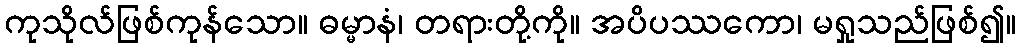
ကုသိုလ်ဖြစ်ကုန်သော။ ဓမ္မာနံ၊ တရားတို့ကို။ အပိပဿကော၊ မရှုသည်ဖြစ်၍။